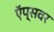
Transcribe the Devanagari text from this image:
ऍप्सवर